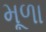
મૂળા